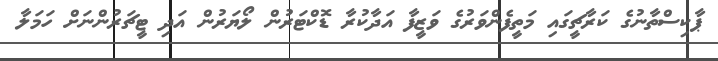
ޕާކިސްތާނުގެ ކަރާޗީގައި މަތީފެންވަރުގެ ވަޒީފާ އަދާކުރާ ޑޮކްޓަރުން ލޯޔަރުން އަދި ޓީޗަރުންނަށް ހަމަލާ